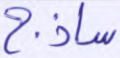
ساذج